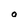
Character: o